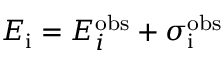
E _ { \mathrm { i } } = E _ { i } ^ { \mathrm { o b s } } + \sigma _ { \mathrm { i } } ^ { \mathrm { o b s } }